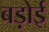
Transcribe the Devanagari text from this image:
बड़ोई